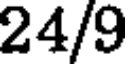
24/9